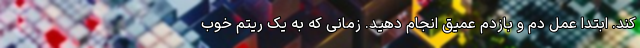
کند. ابتدا عمل دم و بازدم عمیق انجام دهید. زمانی که به یک ریتم خوب